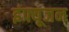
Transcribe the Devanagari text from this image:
इंफ्यूजन